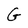
Character: G